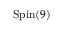
\mathrm { S p i n } ( 9 )